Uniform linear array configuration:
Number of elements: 32
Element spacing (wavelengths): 0.5
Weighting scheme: blackman
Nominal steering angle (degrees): -45
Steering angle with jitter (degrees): -44.427
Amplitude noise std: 0.05
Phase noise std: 0.05

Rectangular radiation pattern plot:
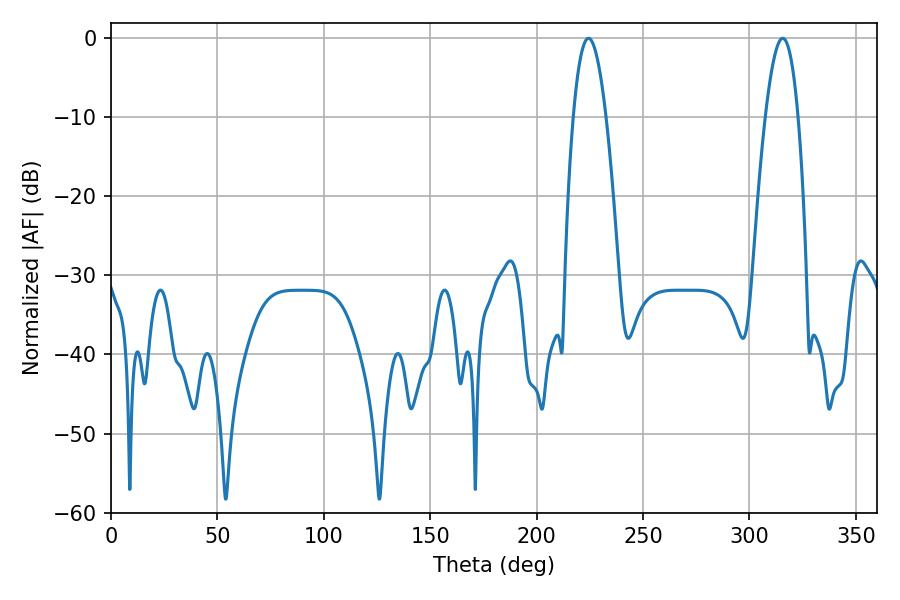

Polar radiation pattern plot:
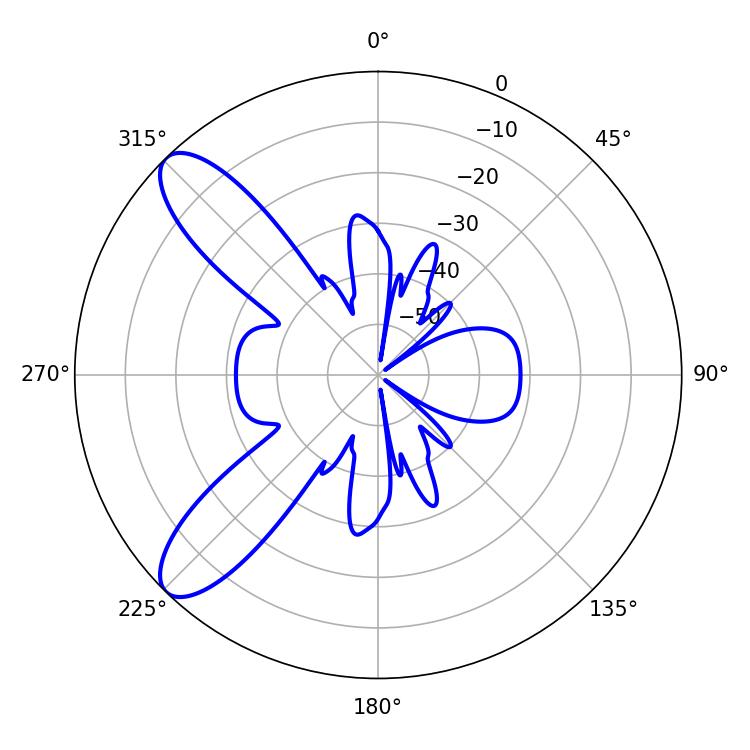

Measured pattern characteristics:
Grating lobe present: FALSE
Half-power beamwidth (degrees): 8.46
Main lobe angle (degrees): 224.28